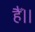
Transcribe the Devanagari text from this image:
हैँ॥